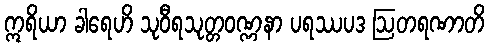
ဣရိယာ ခါရေဟိ သုဝီရသုတ္တဝဏ္ဏနာ ပရဿပဒ ဩတရဏာတိ